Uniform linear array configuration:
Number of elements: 24
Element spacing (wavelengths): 1
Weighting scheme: hann
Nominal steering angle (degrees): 45
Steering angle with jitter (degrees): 43.799
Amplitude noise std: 0.05
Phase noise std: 0.05

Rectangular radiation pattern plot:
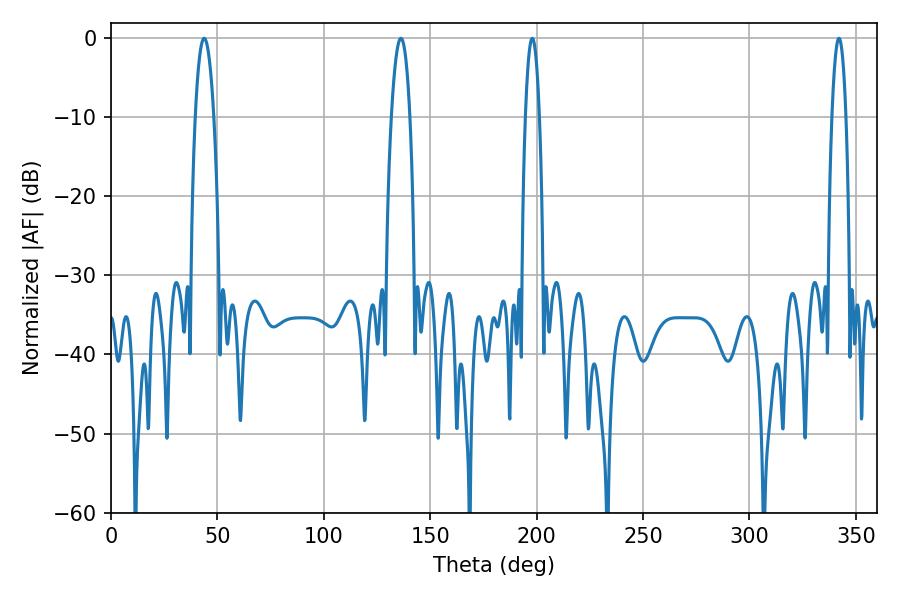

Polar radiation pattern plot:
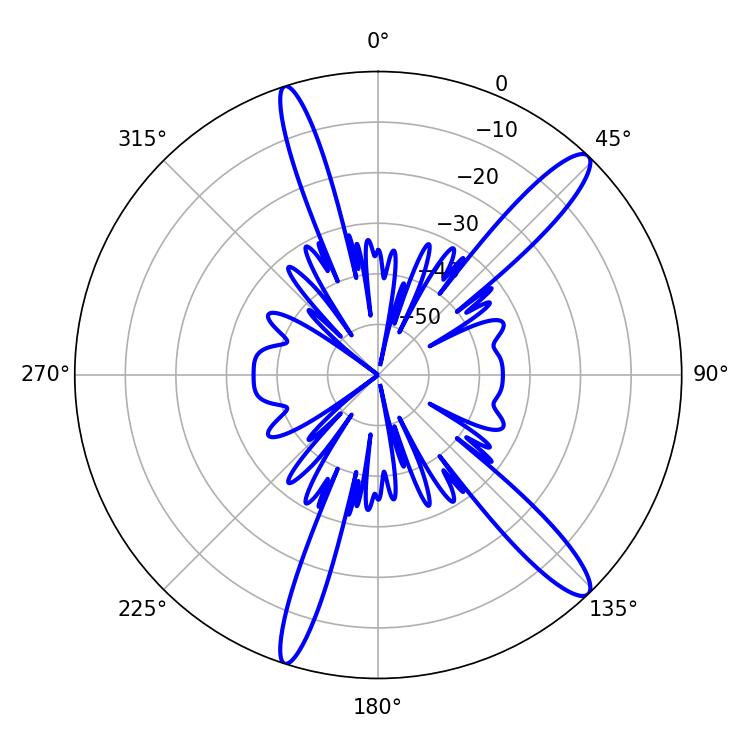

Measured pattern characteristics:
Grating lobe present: TRUE
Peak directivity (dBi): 13.787
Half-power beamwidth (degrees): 4.86
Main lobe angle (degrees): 43.74